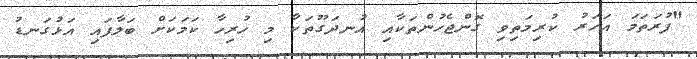
"ފުރަތަމަ އަހަރު ކުރިމަތިވި ގޮންޖެހުންތަކާއި އުނދަގޫތަކާ މި ހުރިހާ ކަމަކަށް ބަލާފައި އަޅުގަނޑު